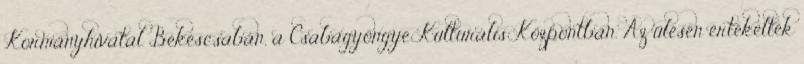
Kormányhivatal Békéscsabán, a Csabagyöngye Kulturális Központban. Az ülésen értékelték